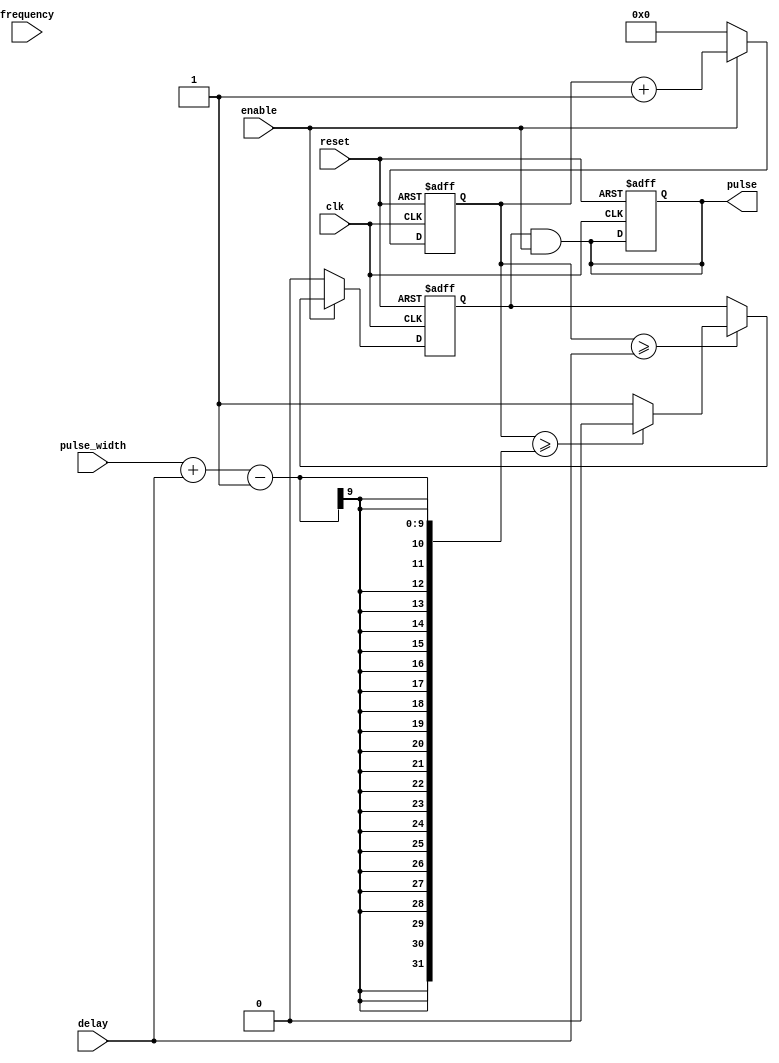
module ProgrammablePulseGenerator(
  input wire reset,
  input wire clk,
  input wire enable,
  input wire [7:0] pulse_width,
  input wire [7:0] frequency,
  input wire [7:0] delay,
  output reg pulse
);

reg [7:0] counter;
reg pulse_on;

always @(posedge clk or posedge reset) begin
  if (reset) begin
    counter <= 8'h00;
    pulse_on <= 1'b0;
    pulse <= 1'b0;
  end else begin
    if (enable) begin
      if (counter >= delay) begin
        pulse_on <= 1'b1;
        if (counter >= pulse_width + delay - 1) begin
          pulse_on <= 1'b0;
          counter <= 8'h00;
        end
      end
      counter <= counter + 1;
    end else begin
      pulse_on <= 1'b0;
      counter <= 8'h00;
    end
  end
end

assign pulse = pulse_on & enable;

endmodule